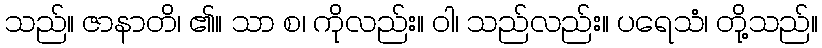
သည်။ ဇာနာတိ၊ ၏။ သာ စ၊ ကိုလည်း။ ဝါ၊ သည်လည်း။ ပရေသံ၊ တို့သည်။